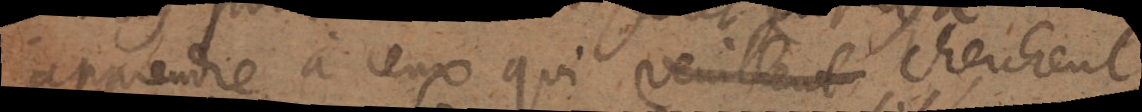
apprendre à ceux qui veuillent cherchent